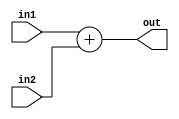
// ---------------------------------------------------------------------
// Copyright (c) 2007 by University of Toronto ECE 243 development team 
// ---------------------------------------------------------------------
//
// Major Functions:	Mathematical Operator which calculates two inputs.
//					This operator performs five operations:	i) addition,
//					ii) subtraction, iii) oring, iv) nand, v) shift
// 
// Input(s):		1. in1: first eight-bit input data to be operated
//					2. in2: second eight-bit input data to be operated
//					3. ALUOp: select signal indicates operation to be
//							  performed
//
// Output(s):		1. out:	output value after performing mathematical
//							operation
//					2. N: a single bit indicates whether an output is
//						  negative or non-negative
//					3. Z: a single bit indicates whether an output is
//						  zero or non-zero
//
// ---------------------------------------------------------------------

module Adder8b (in1, in2, out);

// ------------------------ PORT declaration ------------------------ //
input [7:0] in1, in2;
output [7:0] out;

// ------------------------- Registers/Wires ------------------------ //
reg [7:0] tmp_out;


always @(*)
begin

	tmp_out = in1 + in2;
	
end

// Assign output and condition flags
assign out = tmp_out;

endmodule